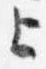
上